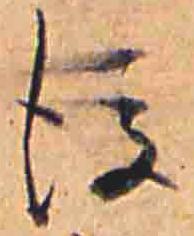
後